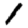
Digit: 1